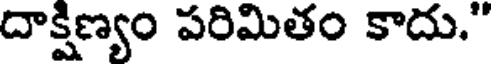
దాక్షిణ్యం పరిమితం కాదు."